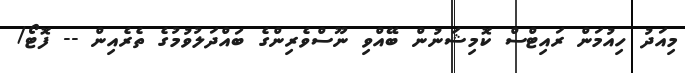
މިއަދު ހިއުމަން ރައިޓްސް ކޮމިޝަނުން ބޭއްވި ނޫސްވެރިންގެ ބައްދަލުވުމުގެ ތެރެއިން -- ފޮޓޯ/